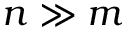
n \gg m